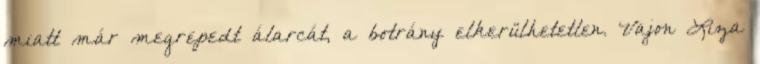
miatt már megrepedt álarcát, a botrány elkerülhetetlen. Vajon Liza